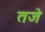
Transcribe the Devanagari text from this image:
तजे